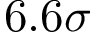
6 . 6 \sigma